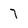
Character: 7